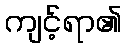
ကျင့်ရာ၏